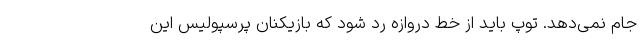
جام نمی‌دهد. توپ باید از خط دروازه رد شود که بازیکنان پرسپولیس این